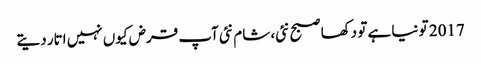
2017 تو نیا ہے تو دکھا صبح نئی، شام نئی	 آپ قرض کیوں نہیں اتار دیتے